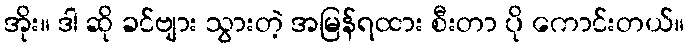
အိုး။ ဒါ ဆို ခင်ဗျား သွားတဲ့ အမြန်ရထား စီးတာ ပို ကောင်းတယ်။